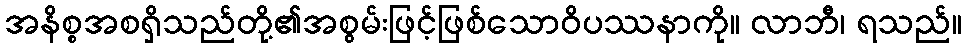
အနိစ္စအစရှိသည်တို့၏အစွမ်းဖြင့်ဖြစ်သောဝိပဿနာကို။ လာဘီ၊ ရသည်။